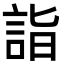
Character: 詣